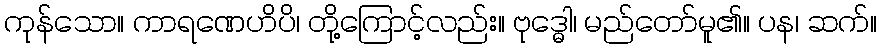
ကုန်သော။ ကာရဏေဟိပိ၊ တို့ကြောင့်လည်း။ ဗုဒ္ဓေါ၊ မည်တော်မူ၏။ ပန၊ ဆက်။